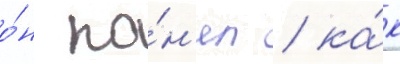
о́н по́н'ял / ка́к